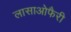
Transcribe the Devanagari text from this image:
लासाओफैरी